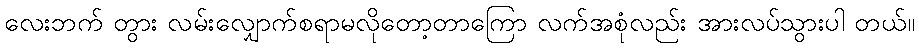
လေးဘက် တွား လမ်းလျှောက်စရာမလိုတော့တာကြော လက်အစုံလည်း အားလပ်သွားပါ တယ်။